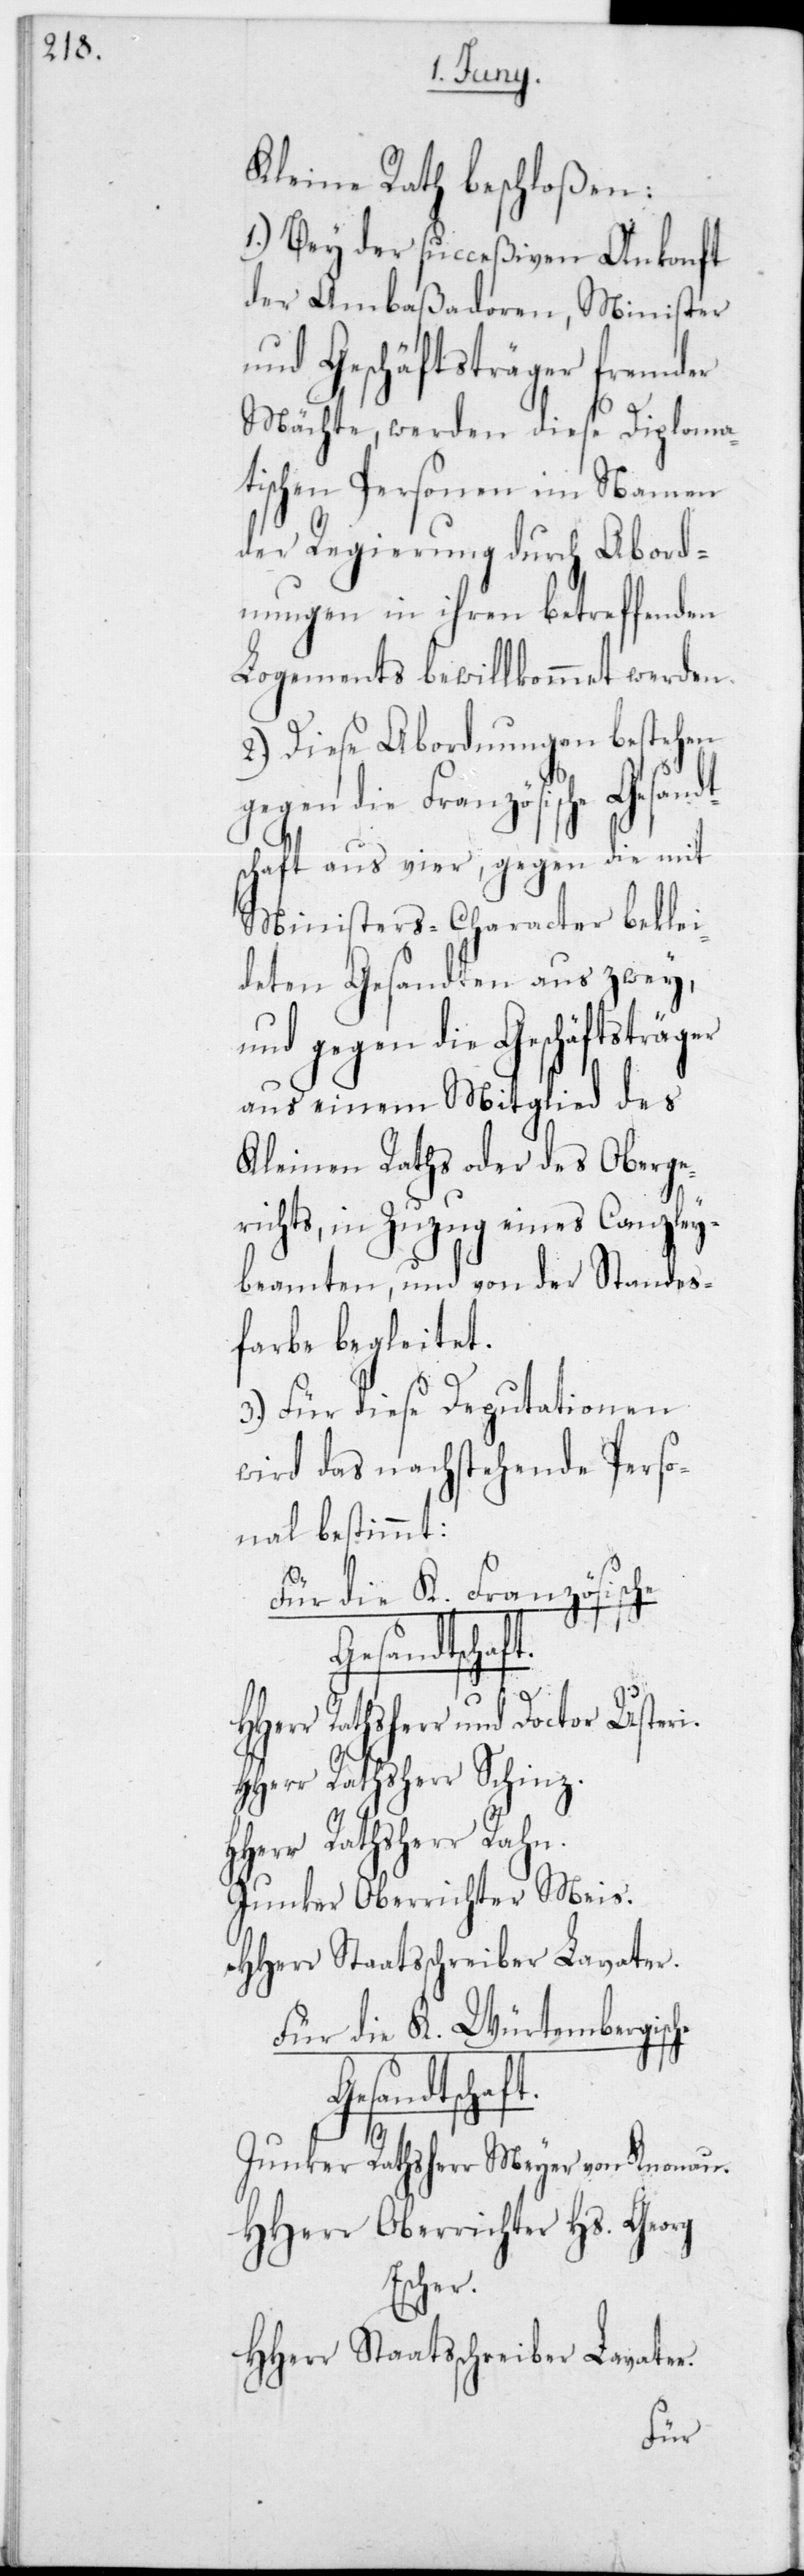
Kleine Rath beschloßen:
1.) Bey der succeßiven Ankonft
der Ambaßadoren, Minister
und Geschäftsträger fremder
Mächte, werden diese Diploma¬
tischen Personen im Namen
der Regierung durch Abord¬
nungen in ihren betreffenden
Logements bewillkommnet werden.
2.) Diese Abordnungen bestehen
gen die Französische
schaft aus vier, gegen die mit
Ministers-Character beklei¬
deten Gesandten aus zwey,
und gegen die Geschäftsträger
aus einem Mitglied des
Kleinen Raths oder des Oberge¬
richts, in Zuzug eines Canzley¬
beamten, und von der Standes¬
farbe begleitet.
3.) für diese Deputationen
wird das nachstehende Perso¬
nal bestimmt:
französische
HHerr Rathsherr und Doctor Usteri.
r Rathsherr Rahn.
Junker Oberrichter Meis.
Hherr Staatsschreiber Lavater.
Für die K. Würtembergisc¬
Gesandtschaft.
Junker Rathsherr Meyer von Knonau.
HHerr Oberrichter Hs. Georg
Escher.
HHerr Staatsschreiber Lavater.
he